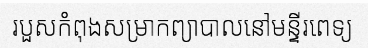
របួសកំពុងសម្រាកព្យាបាលនៅមន្ទីរពេទ្យ